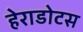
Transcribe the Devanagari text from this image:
हेराडोटस